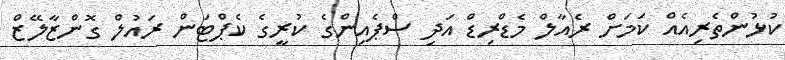
ކުޅުންތެރިއެއް ކަމަށް ރެއާލް މެޑްރިޑް އަދި ސްޕެއިންގެ ކުރީގެ ކެޕްޓަން ރައުލް ގޮންޒާލޭޒް